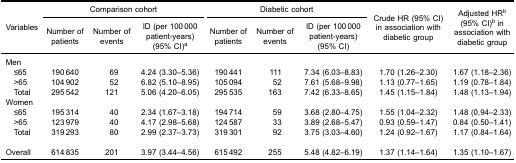
<table><thead><tr><td rowspan="3"><b>Variables</b></td><td colspan="3"><b>Comparison cohort</b></td><td colspan="3"><b>Diabetic cohort</b></td><td rowspan="3"><b>Crude HR (95% CI)in association withdiabetic group</b></td><td rowspan="3"><b>Adjusted HR<sup>b</sup>(95% CI)<sup>b</sup> inassociation withdiabetic group</b></td></tr><tr><td><b>Number ofpatients</b></td><td><b>Number ofevents</b></td><td><b>ID (per 100 000patient-years)(95% CI)<sup>a</sup></b></td><td><b>Number ofpatients</b></td><td><b>Number ofevents</b></td><td><b>ID (per 100 000patient-years)(95% CI)</b></td></tr></thead><tbody><tr><td>Men</td><td> </td><td> </td><td> </td><td> </td><td> </td><td> </td><td> </td><td> </td></tr><tr><td> ≤65</td><td>190 640</td><td>69</td><td>4.24 (3.30–5.36)</td><td>190 441</td><td>111</td><td>7.34 (6.03–8.83)</td><td>1.70 (1.26–2.30)</td><td>1.67 (1.18–2.36)</td></tr><tr><td> &gt;65</td><td>104 902</td><td>52</td><td>6.82 (5.10–8.95)</td><td>105 094</td><td>52</td><td>7.61 (5.68–9.98)</td><td>1.13 (0.77–1.65)</td><td>1.19 (0.78–1.84)</td></tr><tr><td> Total</td><td>295 542</td><td>121</td><td>5.06 (4.20–6.05)</td><td>295 535</td><td>163</td><td>7.42 (6.33–8.65)</td><td>1.45 (1.15–1.84)</td><td>1.48 (1.13–1.94)</td></tr><tr><td>Women</td><td> </td><td> </td><td> </td><td> </td><td> </td><td> </td><td> </td><td> </td></tr><tr><td> ≤65</td><td>195 314</td><td>40</td><td>2.34 (1.67–3.18)</td><td>194 714</td><td>59</td><td>3.68 (2.80–4.75)</td><td>1.55 (1.04–2.32)</td><td>1.48 (0.94–2.33)</td></tr><tr><td> &gt;65</td><td>123 979</td><td>40</td><td>4.17 (2.98–5.68)</td><td>124 587</td><td>33</td><td>3.89 (2.68–5.47)</td><td>0.93 (0.59–1.47)</td><td>0.84 (0.50–1.41)</td></tr><tr><td> Total</td><td>319 293</td><td>80</td><td>2.99 (2.37–3.73)</td><td>319 301</td><td>92</td><td>3.75 (3.03–4.60)</td><td>1.24 (0.92–1.67)</td><td>1.17 (0.84–1.64)</td></tr><tr><td>Overall</td><td>614 835</td><td>201</td><td>3.97 (3.44–4.56)</td><td>615 492</td><td>255</td><td>5.48 (4.82–6.19)</td><td>1.37 (1.14–1.64)</td><td>1.35 (1.10–1.67)</td></tr></tbody></table>